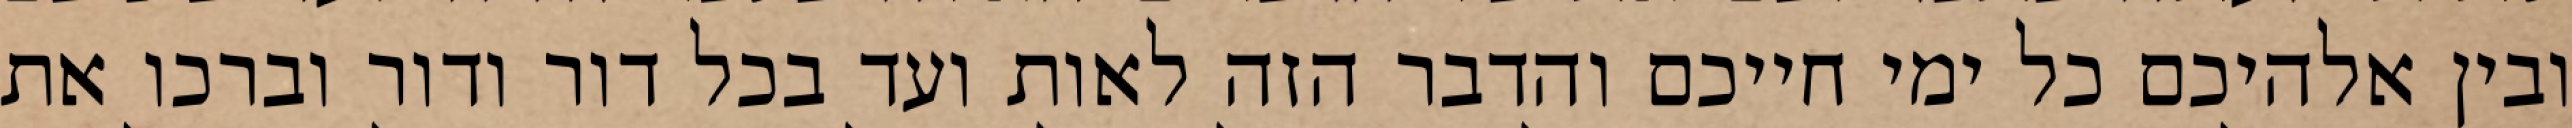
ובין אלהיכם כל ימי חייכם והדבר הזה לאות ועד בכל דור ודור וברכו את